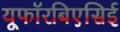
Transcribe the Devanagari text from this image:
यूफॉरबिएसिई